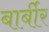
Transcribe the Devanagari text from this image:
बार्बीर